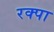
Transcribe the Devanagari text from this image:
रक्पा